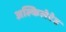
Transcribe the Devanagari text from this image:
अल्किलेटेड